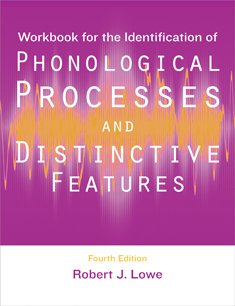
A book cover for Workbook for the Identification of Phonological Processes and Distinctive Features; Robert J. Lowe; Reference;